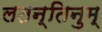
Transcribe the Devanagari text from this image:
लतन्तिनुम्